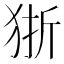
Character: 狾